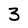
Character: 3